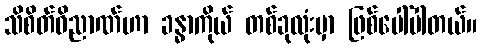
သိစိတ်ဝိညာဏ်ဟာ ခန္ဓာကိုယ် တစ်ခုလုံးမှာ ဖြစ်ပေါ်ပါတယ်။